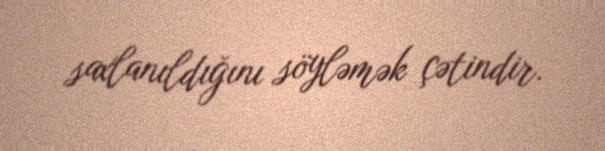
saxlanıldığını söyləmək çətindir.